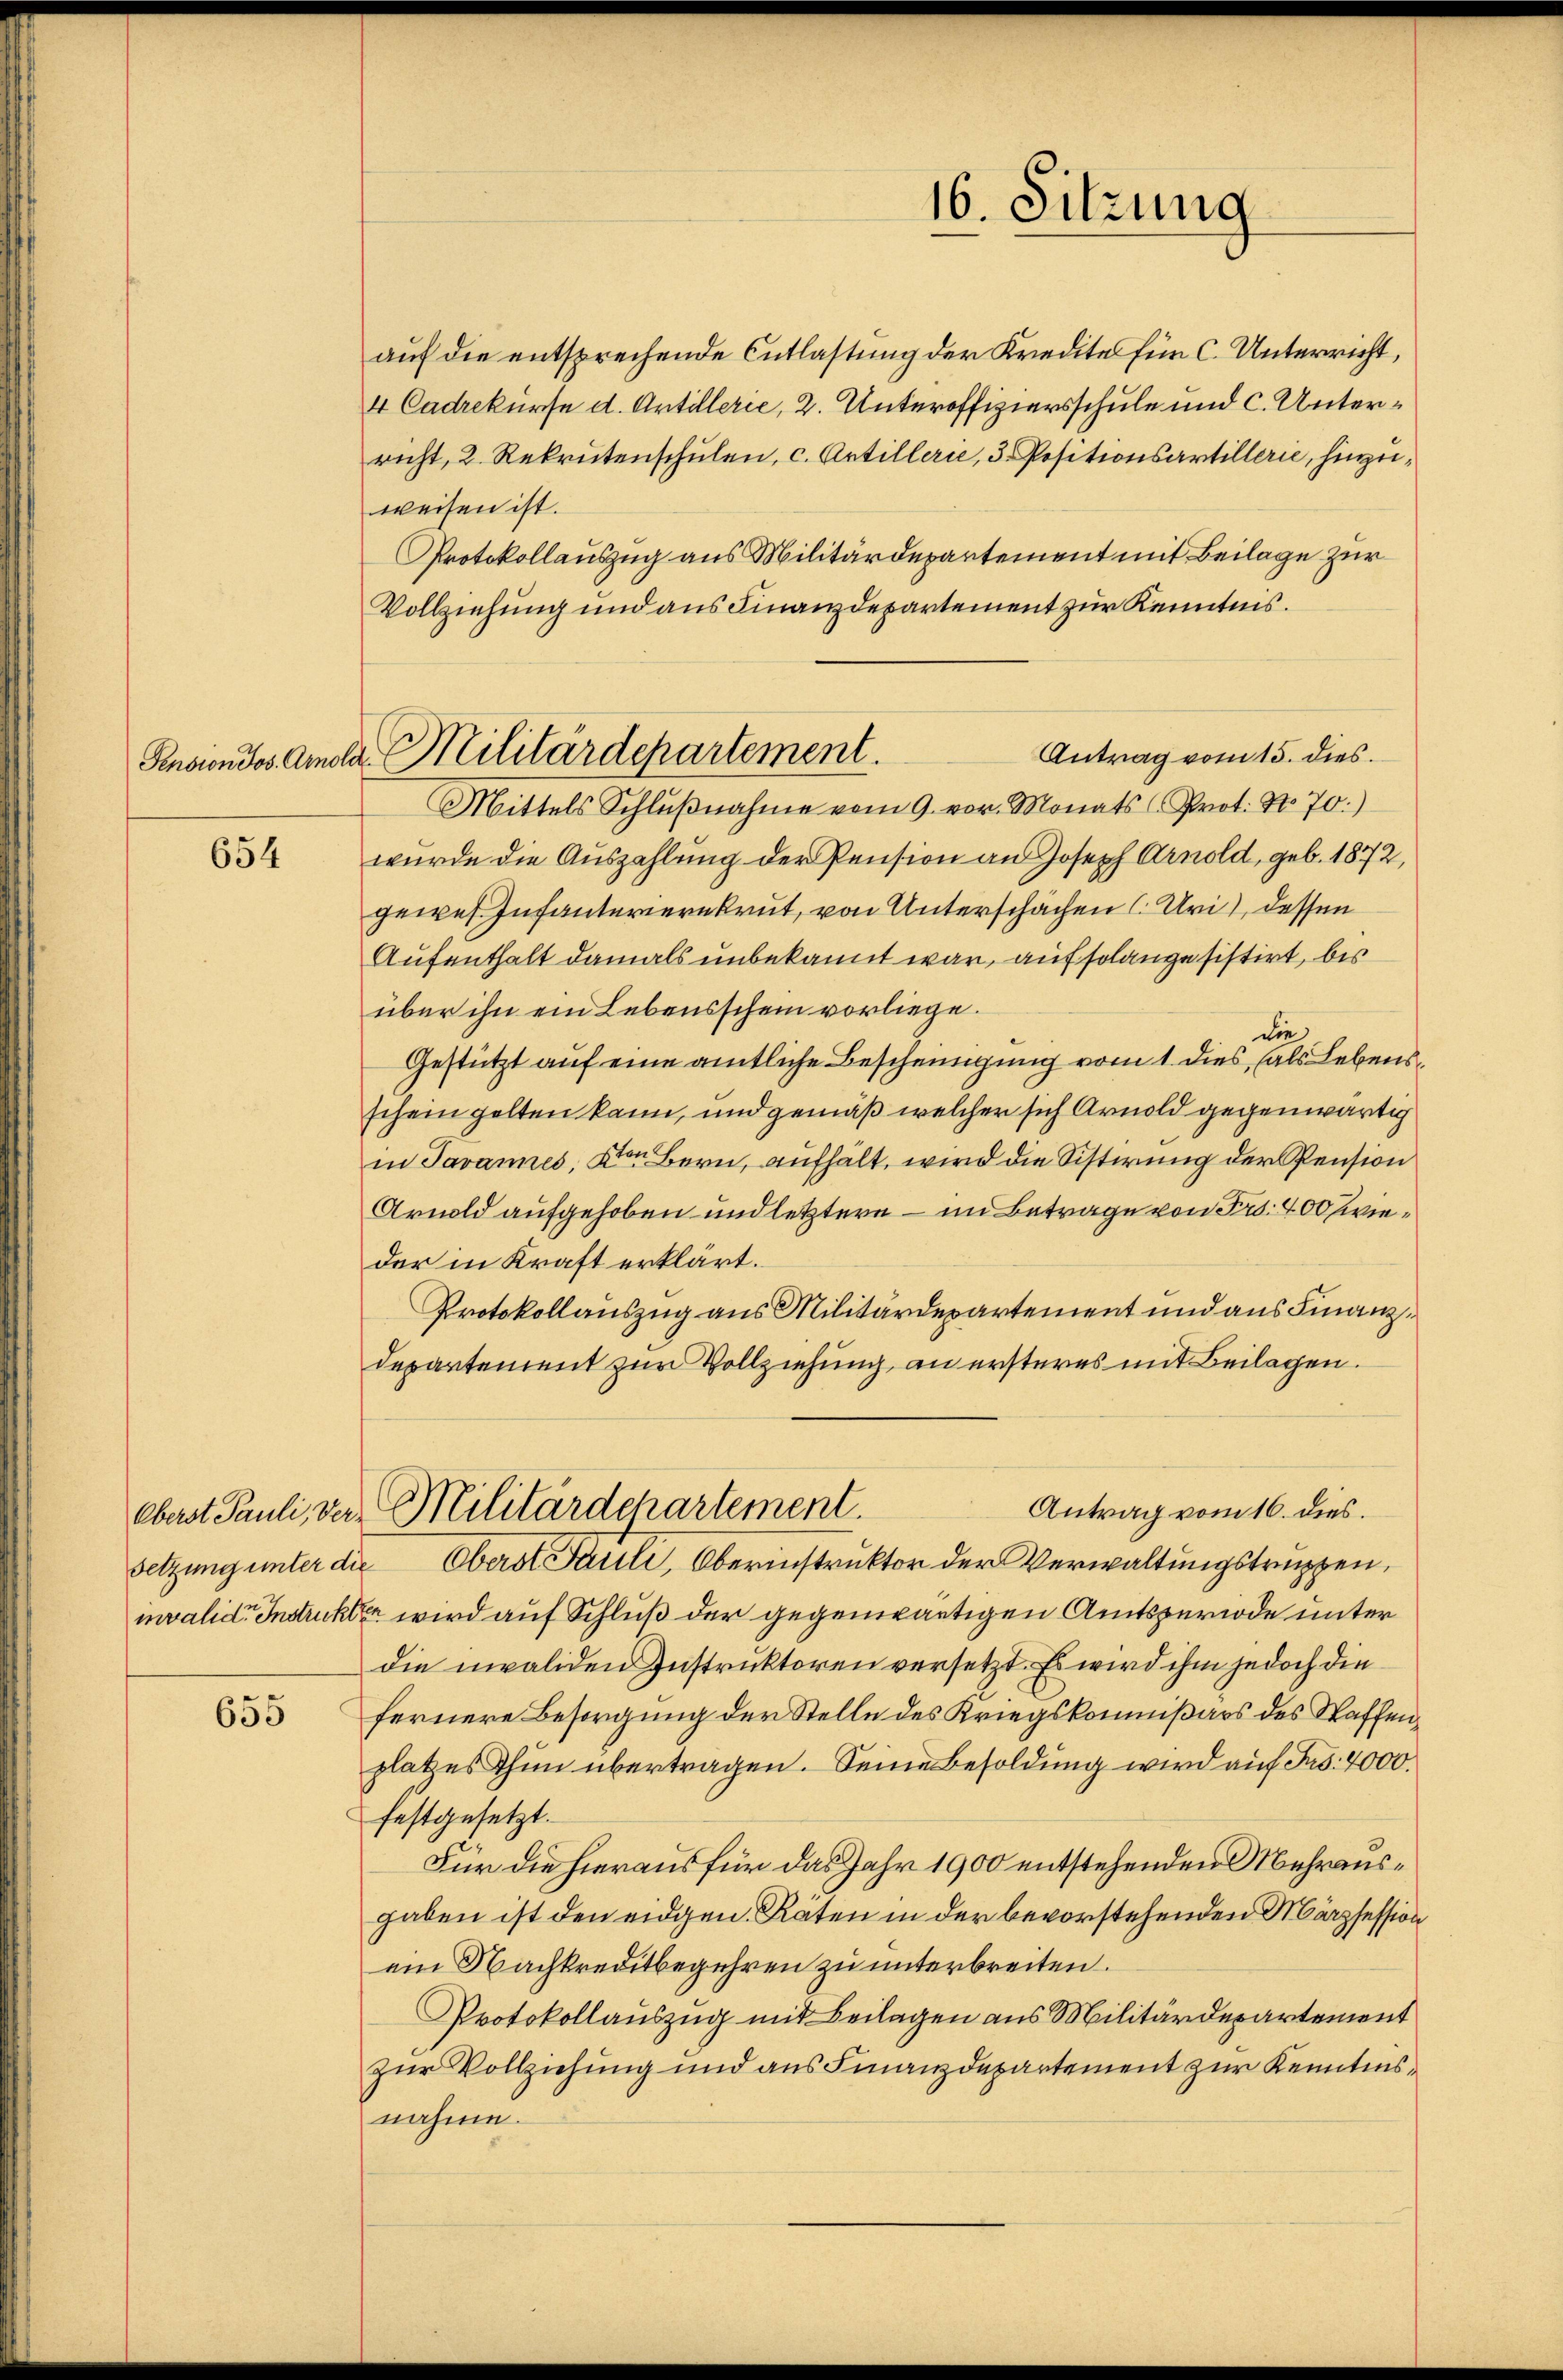
Pension Jos. Arnor

654

Oberst Pauli, Ver
setzung unter di
invalide Instrukt

655

a. Militärdepartement.

auf die entsprechende Entlastung der Kredite für C. Unterricht,
4 Cadrekurse d. Antillerie, 2. Unteroffiziarsschule und c. Unterricht, 2. Rekrutenschŭlen, c. Artillerie, 3. Positionsartillerie, hinzeiweisen ist.
Protokollauszug aus Militärdepartement mit Beilage zur
Vollziehung und aus Finanzdepartement zur Kenntnis.
Antrag vom 15. dies
Mittels Schlŭβnahme vom 9. vor. Monats (Prot. No. 70:)
wurde die Auszahlung der Pension an Joseph Arnold, geb. 1872,
gewes Infanterierekrut, von Unterschächen (Uri), dessen
Aufenthalt damals unbekannt war, auf solange sistirt, bis
über ihn ein Lebensschein vorliege.
die
Gestützt auf eine amtliche Bescheinigung vom 1. dies, (als Lebens
schein gelten kann, und gemäß welcher sich Arnold gegenwärtig
in Javannes, den Bern, aufhält, wird die Sistirung der Pension
Arnold aufgehoben und letztere — im Betrage von Fr. 400 Zwieder in Kraft erklärt.
Protokollauszug aus Militärdepartement und aus Finanz¬
Departement zur Vollziehung an ersteres mit Beilagen.
Antrag vom 16. dies.
Militardchartement.
 Oberst Pauli, Oberinstruktor der Verwaltungstruppen,
6 wird auf Schluß der gegenwärtigen Amtsperiode unter
die invaliden Instruktoren versetzt. Es wird ihm jedoch die
fernere Besorgung der Stelle des Kriegskommißärs des Waffenplatzes Thun übertragen. Seine Besoldung wird auf Jes. 4000.
festgesetzt.
Für die hieraus für das Jahr 1900 entstehenden Mehrausgaben ist den eidgen. Räten in der bevorstehenden Märzsession
ein Nachkreditbegehren zu unterbreiten.
Protokollauszug mit Beilagen aus Militärdepartement
zur Vollziehung und aus Finanzdepartement zur Kenntnisnahme.

16. Sitzung